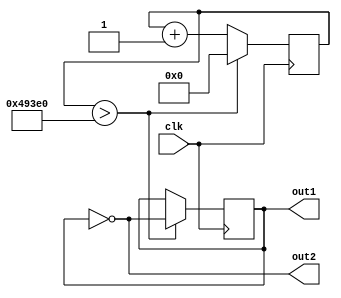
module swo(clk, out1, out2);

input clk;
output out1;
output out2;

reg [31:0] counter;
reg status;

initial
	begin
		counter <= 32'b0;
		status <= 1'b0;
	end

always @ (posedge clk)
	begin
		counter <= counter + 1'b1;
		if(counter > 300000)
		begin
			status <= !status;
			counter <= 32'b0;
		end
	end
	assign out1 = status;
	assign out2 = !status;

endmodule